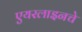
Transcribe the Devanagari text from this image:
एयरलाइनचे